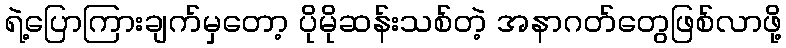
ရဲ့ပြောကြားချက်မှတော့ ပိုမိုဆန်းသစ်တဲ့ အနာဂတ်တွေဖြစ်လာဖို့